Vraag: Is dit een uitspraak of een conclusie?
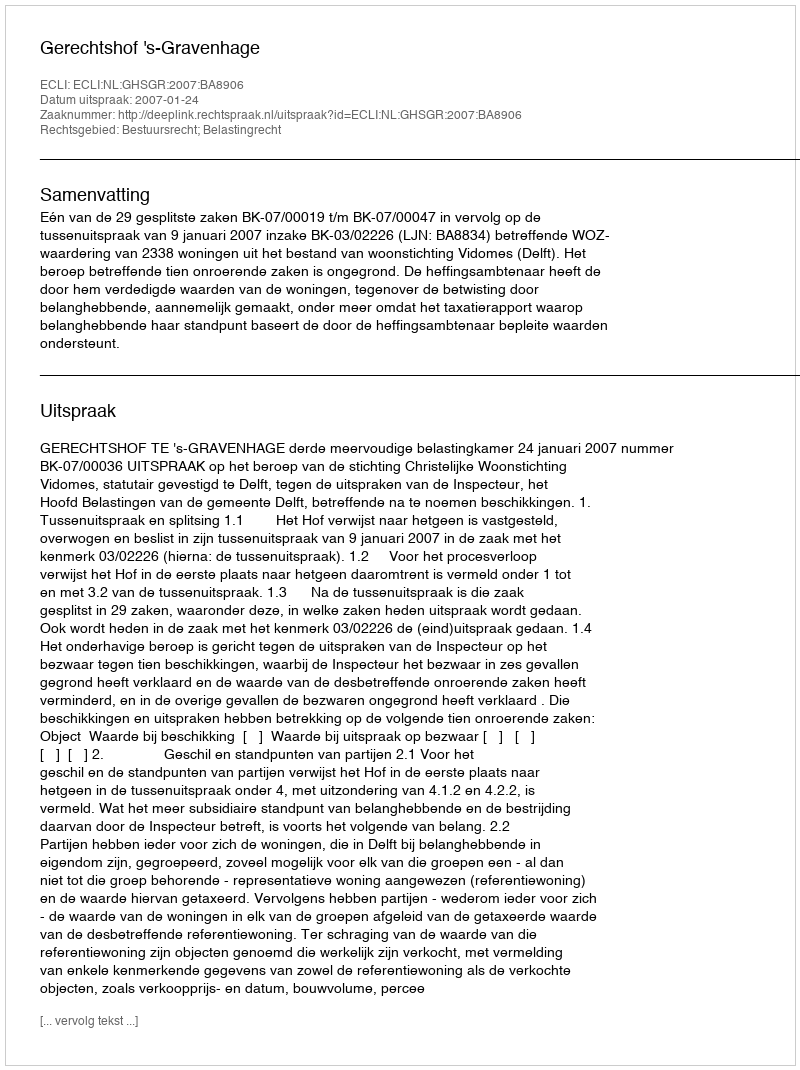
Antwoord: Uitspraak